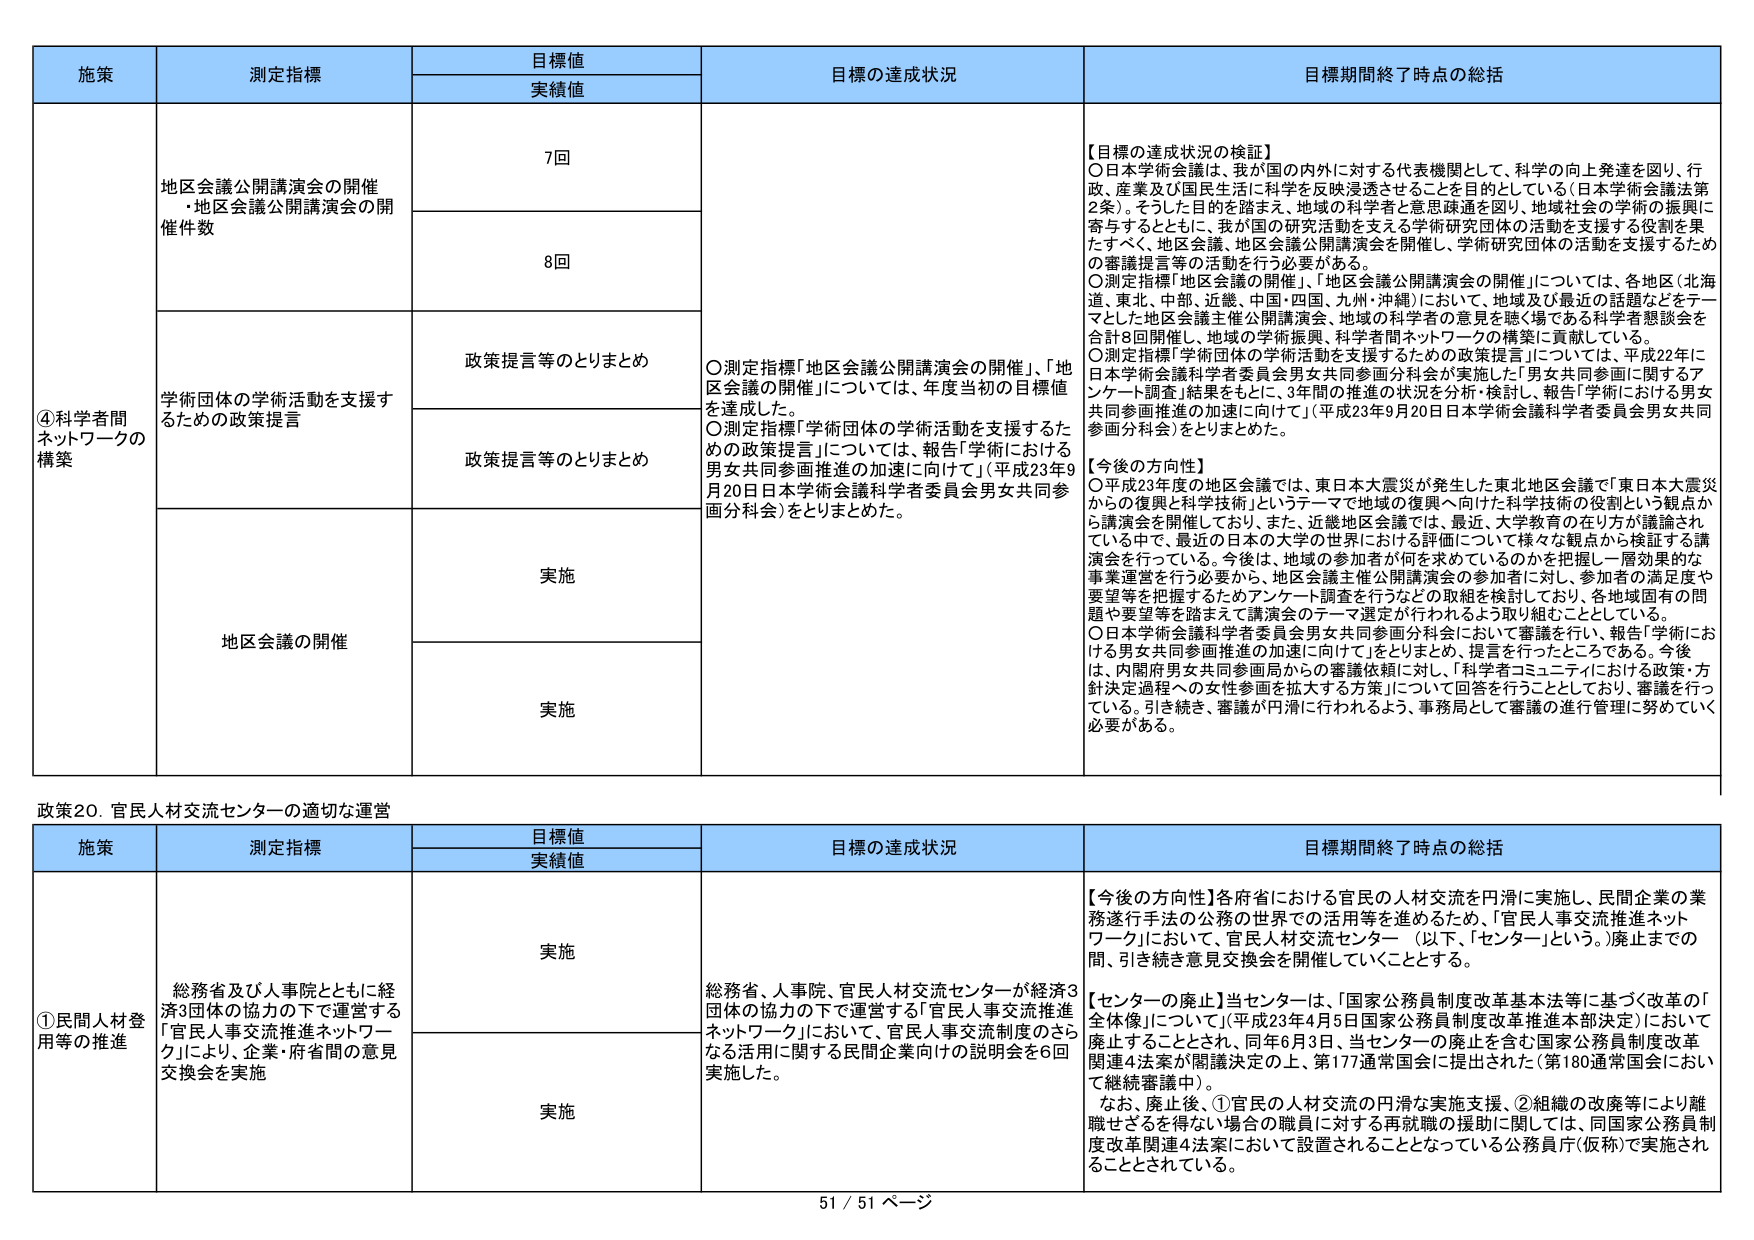
施策
測定指標
目標値
実績値
目標の達成状況
目標期間終了時点の総括
④科学者間ネットワークの構築
地区会議公開講演会の開催・地区会議公開講演会の開催件数
7回
8回
【目標の達成状況の検討】
〇日本学術会議は、我が国の内外に対する代表機関として、科学の向上発達を図り、行政、産業及び国民生活に科学を反映浸透させることを目的としている（日本学術会議法第2条）。そうした目的を踏まえ、地域の科学者と意思疎通を図り、地域社会の学術の振興に寄与するとともに、我が国の研究活動を支える学術研究団体の活動を支援する役割を果たすべく、地区会議、地区会議公開講演会を開催し、学術研究団体の活動の支援をするための審議提言等の活動を行う必要がある。
〇測定指標「地区会議の開催」、「地区会議公開講演会の開催」については、各地区（北海道、東北、中部、近畿、中国・四国、九州・沖縄）において、地域及び最近の話題などをテーマとした地区会議主催公開講演会、地域の科学者の意見を聴く場である科学者懇談会を合計8回開催し、地域の学術振興、科学者間ネットワークの構築に貢献している。
〇測定指標「学術団体の学術活動を支援するための政策提言」については、平成22年に日本学術会議科学者委員会男女共同参画分科会が実施した「男女共同参画に関するアンケート調査」結果をもとに、3年間の推進の状況を分析・検討し、報告「学術における男女共同参画推進の加速に向けて」（平成23年9月20日日本学術会議科学者委員会男女共同参画分科会）をとりまとめた。
【今後の方針】
〇平成23年度の地区会議では、東日本大震災が発生した東北地区会議で「東日本大震災からの復興と科学技術」というテーマで地域の復興へ向けた科学技術の役割という観点から講演会を開催しており、また、近畿地区会議では、最近、大学教育の在り方が議論されている中で、最近の日本の大学の世界における評価について様々な観点から検証する講演会を行っている。今後は、地域の参加者が何を求めているのかを把握し一層効果的な事業運営を行う必要から、地区会議主催公開講演会の参加者に対し、参加者の満足度や要望等を把握するためアンケート調査を行うなどの取組を検討しており、各地域固有の問題や要望等を踏まえて講演会のテーマ選定が行われるよう取り組むこととしている。
〇日本学術会議科学者委員会男女共同参画分科会において審議を行い、報告「学術における男女共同参画推進の加速に向けて」をとりまとめ、提言を行ったところである。今後は、内閣府男女共同参画局からの審議依頼に対し、「科学者コミュニティにおける政策・方針決定過程への女性参画を拡大する方策」について回答を行うこととしており、審議を行っている。引き続き、審議が円滑に行われるよう、事務局として審議の進行管理に努めていく必要がある。
学術団体の学術活動を支援するための政策提言
政策提言等のとりまとめ
政策提言等のとりまとめ
地区会議の開催
実施
実施
政策20. 官民人材交流センターの適切な運営
施策
測定指標
目標値
実績値
目標の達成状況
目標期間終了時点の総括
①民間人材登用等の推進
総務省及び人事院とともに経済3団体の協力の下で運営する「官民人事交流推進ネットワーク」により、企業・府省間の意見交換会を実施
実施
実施
【今後の方針】各府省における官民の人材交流を円滑に実施し、民間企業の業務遂行手法の公務の世界での活用等を進めるため、「官民人事交流推進ネットワーク」において、官民人材交流センター（以下、「センター」という。）廃止までの間、引き続き意見交換会を開催していくこととする。
【センターの廃止】当センターは、「国家公務員制度改革基本法等に基づく改革の「全体像」について」（平成23年4月5日国家公務員制度改革推進本部決定）において廃止することとされ、同年6月3日、当センターの廃止を含む国家公務員制度改革関連4法案が閣議決定の上、第177通常国会に提出された（第180通常国会において継続審議中）。
なお、廃止後、①官民の人材交流の円滑な実施支援、②組織の改廃等により離職せざるを得ない場合の職員に対する再就職の援助に関しては、同国家公務員制度改革関連4法案において設置されることとなっている公務員庁（仮称）で実施されることとされている。
総務省、人事院、官民人材交流センターが経済3団体の協力の下で運営する「官民人事交流推進ネットワーク」において、官民人事交流制度のさらなる活用に関する民間企業向けの説明会を6回実施した。
51 / 51 ページ